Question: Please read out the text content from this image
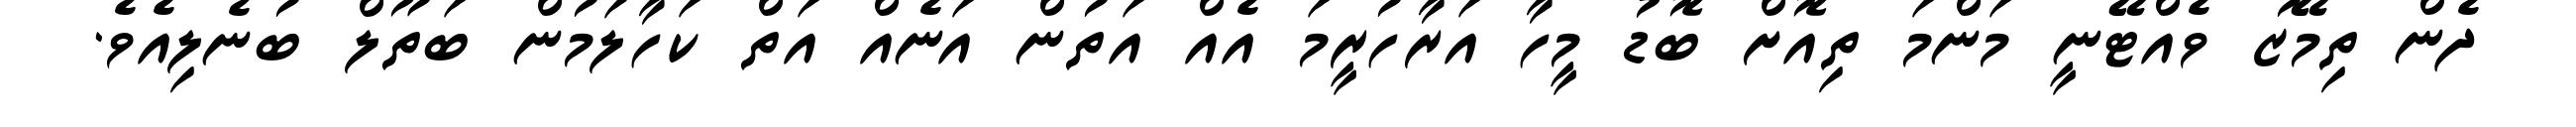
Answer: ދެން ތިމޭޒު ވެއްޓޭނީ މަންމަ ތިއޮށް ބޮޑު މީހާ އަރާހުރީމަ އެއް އަތުން އަނެއް އަތް ކަހާލަމުން ބަތޫލް ބުނެލިއެވެ.